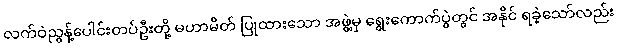
လက်ဝဲညွန့်ပေါင်းတပ်ဦးတို့ မဟာမိတ် ပြုထားသော အဖွဲ့မှ ရွေးကောက်ပွဲတွင် အနိုင် ရခဲ့သော်လည်း